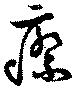
瘵